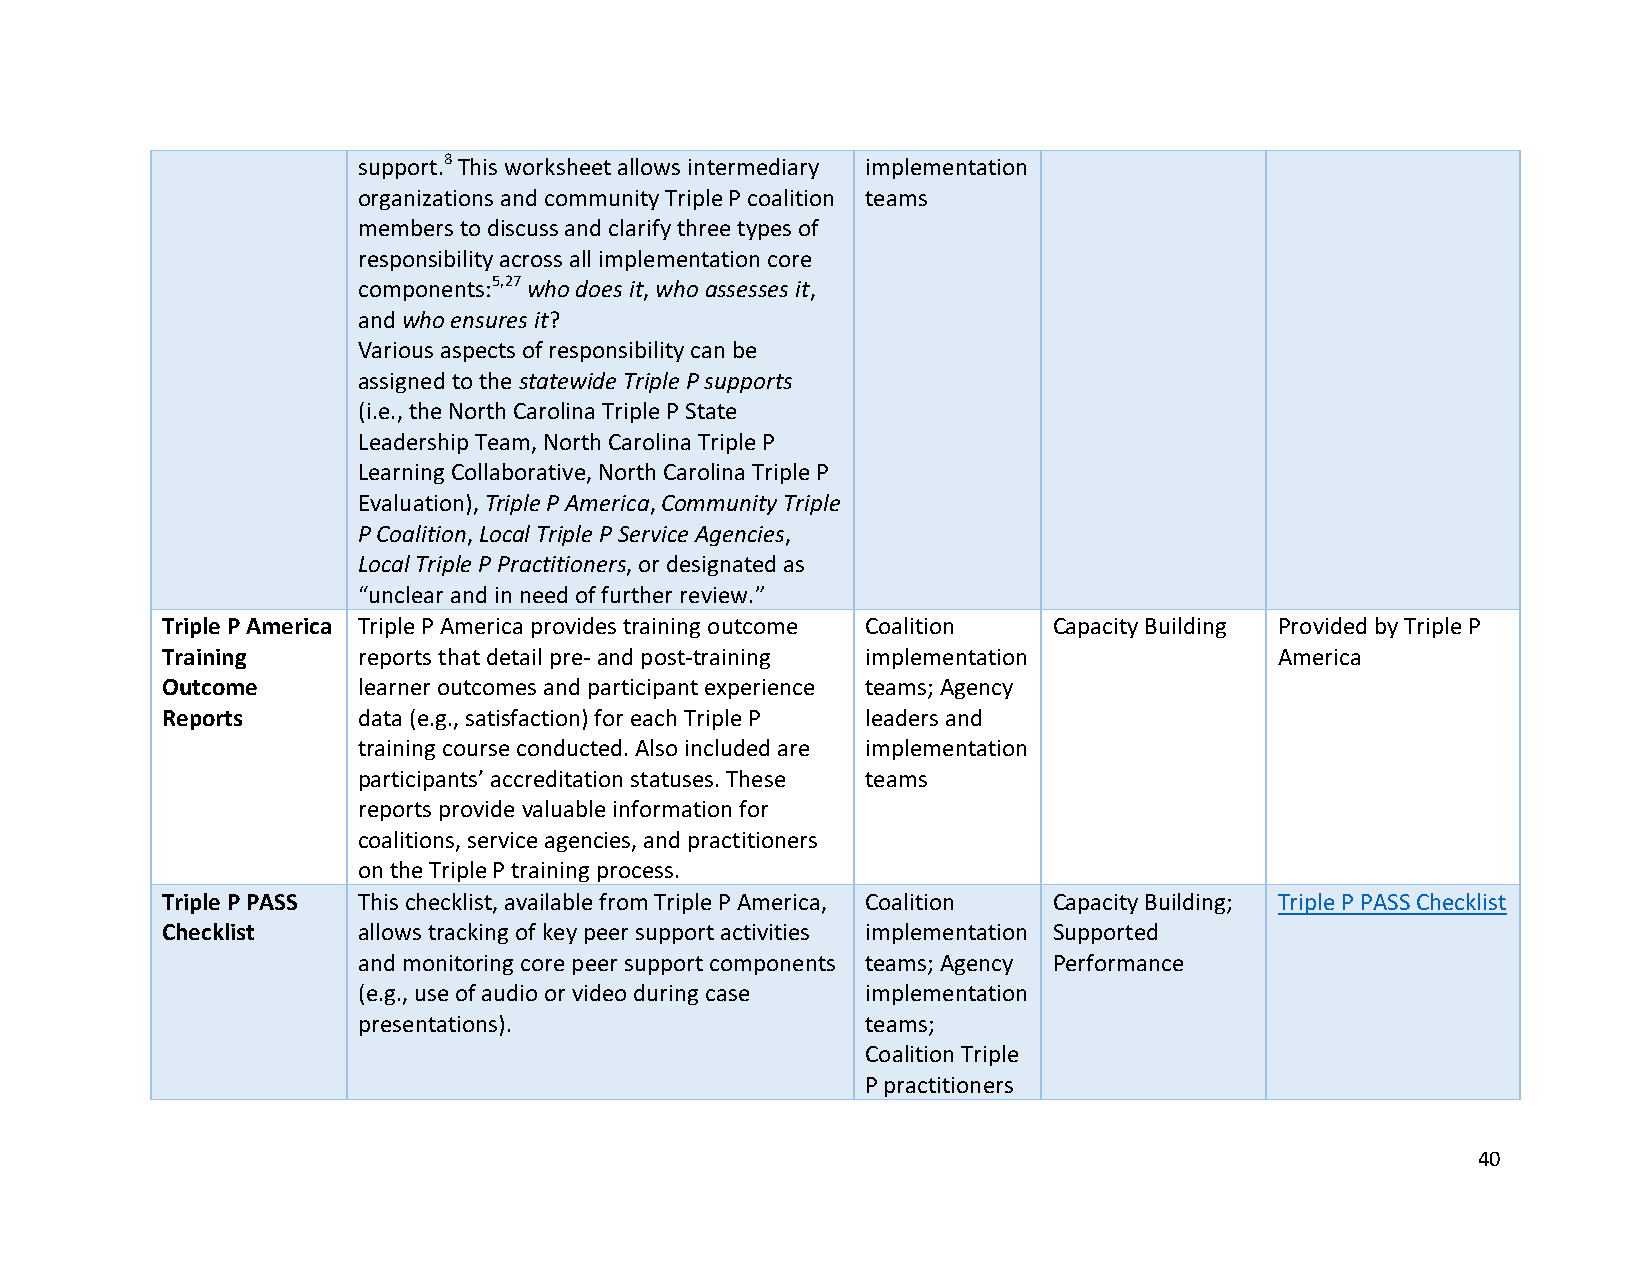
support.8 This worksheet allows intermediary implementation
 organizations and community Triple P coalition teams
 members to discuss and clarify three types of
 responsibility across all implementation core
 components:5,27 who does it, who assesses it,
 and who ensures it?
 Various aspects of responsibility can be
 assigned to the statewide Triple P supports
 (i.e., the North Carolina Triple P State
 Leadership Team, North Carolina Triple P
 Learning Collaborative, North Carolina Triple P
 Evaluation), Triple P America, Community Triple
 P Coalition, Local Triple P Service Agencies,
 Local Triple P Practitioners, or designated as
 “unclear and in need of further review.”
 Triple P America Triple P America provides training outcome Coalition Capacity Building Provided by Triple P
 Training     reports that detail pre- and post-training implementation    America
 Outcome      learner outcomes and participant experience teams; Agency
 Reports      data (e.g., satisfaction) for each Triple P leaders and
 training course conducted. Also included are implementation
 participants’ accreditation statuses. These teams
 reports provide valuable information for
 coalitions, service agencies, and practitioners
 on the Triple P training process.
 Triple P PASS This checklist, available from Triple P America, Coalition Capacity Building; Triple P PASS Checklist
 Checklist    allows tracking of key peer support activities implementation Supported
 and monitoring core peer support components teams; Agency Performance
 (e.g., use of audio or video during case implementation
 presentations).                  teams;
 Coalition Triple
 P practitioners
 40